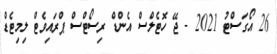
26 އޯގަސްޓު 2021 - ޖޭ ހޮޓެލްސް އެންޑް ރިސޯޓްސް ޕްރައިވެޓް ލިމިޓެޑް